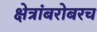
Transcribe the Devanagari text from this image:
क्षेत्रांबरोबरच